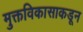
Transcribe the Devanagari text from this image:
मुक्तविकासाकडून